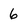
Character: 6